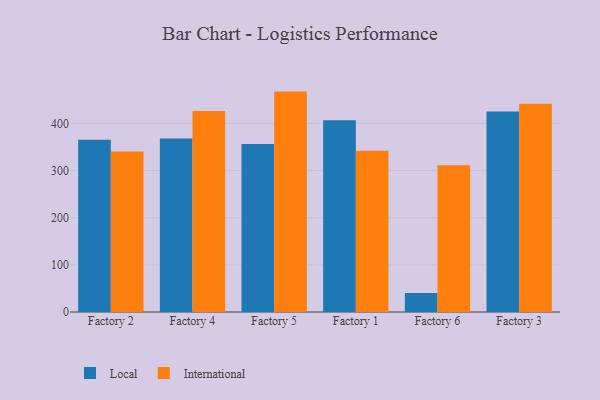
{"axis": {"x": "Factory", "y": "Churn Rate (%)"}, "legend": ["International", "Local"], "data": [{"x": "Factory 2", "y": 365.4, "type": "Local"}, {"x": "Factory 2", "y": 340.4, "type": "International"}, {"x": "Factory 4", "y": 367.9, "type": "Local"}, {"x": "Factory 4", "y": 426.1, "type": "International"}, {"x": "Factory 5", "y": 356.1, "type": "Local"}, {"x": "Factory 5", "y": 467.5, "type": "International"}, {"x": "Factory 1", "y": 406.5, "type": "Local"}, {"x": "Factory 1", "y": 341.8, "type": "International"}, {"x": "Factory 6", "y": 40.1, "type": "Local"}, {"x": "Factory 6", "y": 311.2, "type": "International"}, {"x": "Factory 3", "y": 425.2, "type": "Local"}, {"x": "Factory 3", "y": 441.6, "type": "International"}]}